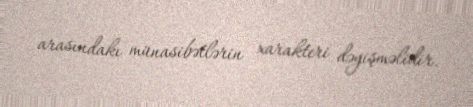
arasındakı münasibətlərin xarakteri dəyişməlidir.